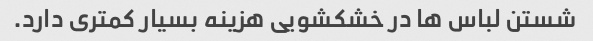
شستن لباس ها در خشکشویی هزینه بسیار کمتری دارد.